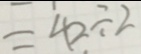
= 4 2 \div 2